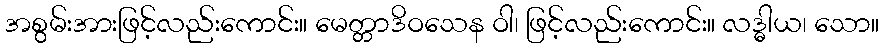
အစွမ်းအားဖြင့်လည်းကောင်း။ မေတ္တာဒိဝသေန ဝါ၊ ဖြင့်လည်းကောင်း။ လဒ္ဓါယ၊ သော။